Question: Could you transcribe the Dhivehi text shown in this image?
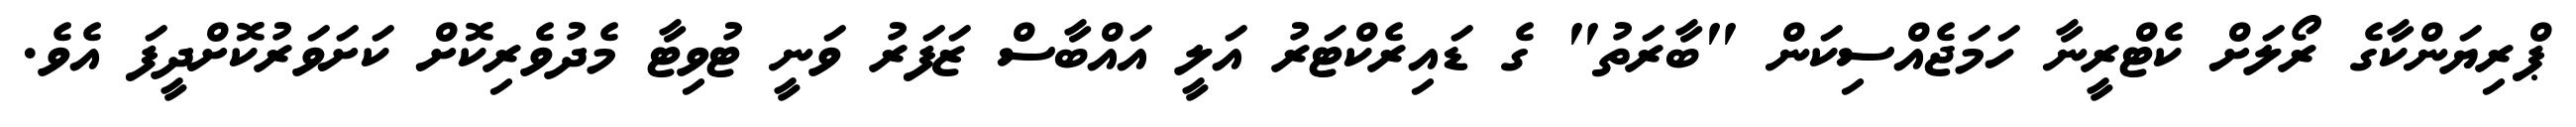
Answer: ޕްރިޔަންކާގެ ރޯލަށް ކެޓްރީނާ ހަމަޖެއްސިކަން "ބާރަތު" ގެ ޑައިރެކްޓަރު އަލީ އައްބާސް ޒަފަރު ވަނީ ޓުވިޓާ މެދުވެރިކޮށް ކަށަވަރުކޮށްދީފަ އެވެ.